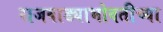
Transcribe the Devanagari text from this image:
राजवाड्याभोवतीच्या